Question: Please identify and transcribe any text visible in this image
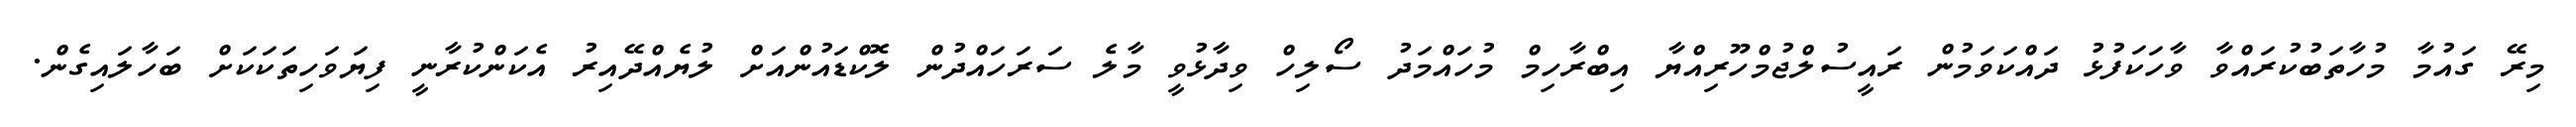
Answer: މިރޭ ގައުމާ މުހާތަބުކުރައްވާ ވާހަކަފުޅު ދައްކަވަމުން ރައީސުލްޖުމްހޫރިއްޔާ އިބްރާހިމް މުހައްމަދު ސޯލިހް ވިދާޅުވީ މާލެ ސަރަހައްދުން ލޮކްޑައުންއަށް ލުޔެއްދޭއިރު އެކަންކުރާނީ ފިޔަވަހިތަކަކަށް ބަހާލައިގެން.